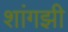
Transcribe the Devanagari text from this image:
शांगझी